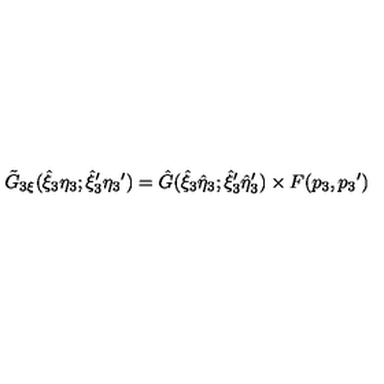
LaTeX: { \tilde { G } } _ { 3 \xi } ( { \hat { \xi } } _ { 3 } { \eta } _ { 3 } ; { { \hat { \xi } } _ { 3 } } ^ { \prime } { { \eta } _ { 3 } } ^ { \prime } ) = { \hat { G } } ( { { \hat { \xi } } _ { 3 } } { \hat { \eta } } _ { 3 } ; { { \hat { \xi } } _ { 3 } } ^ { \prime } { { \hat { \eta } } _ { 3 } } ^ { \prime } ) \times F ( p _ { 3 } , { p _ { 3 } } ^ { \prime } )